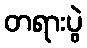
တရားပွဲ